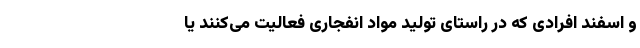
و اسفند افرادی که در راستای تولید مواد انفجاری فعالیت می‌کنند یا